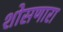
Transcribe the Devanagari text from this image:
शोसणारा